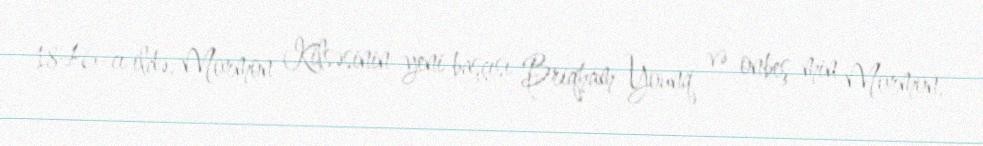
1846-cı ildə, Mormon Kilsəsinin yeni başçısı Briqham Younq və onbeş min Mormon,